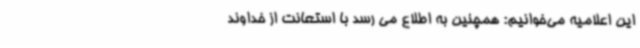
این اعلامیه می‌خوانیم:‌ همچنین به اطلاع می رسد با استعانت از خداوند